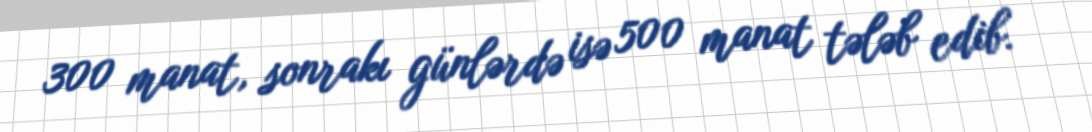
300 manat, sonrakı günlərdə isə 500 manat tələb edib.